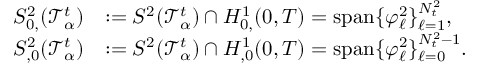
\begin{array} { r l } { S _ { 0 , } ^ { 2 } ( \mathcal T _ { \alpha } ^ { t } ) } & { : = S ^ { 2 } ( \mathcal T _ { \alpha } ^ { t } ) \cap H _ { 0 , } ^ { 1 } ( 0 , T ) = \mathrm { s p a n } \{ \varphi _ { \ell } ^ { 2 } \} _ { \ell = 1 } ^ { N _ { t } ^ { 2 } } , } \\ { S _ { , 0 } ^ { 2 } ( \mathcal T _ { \alpha } ^ { t } ) } & { : = S ^ { 2 } ( \mathcal T _ { \alpha } ^ { t } ) \cap H _ { , 0 } ^ { 1 } ( 0 , T ) = \mathrm { s p a n } \{ \varphi _ { \ell } ^ { 2 } \} _ { \ell = 0 } ^ { N _ { t } ^ { 2 } - 1 } . } \end{array}